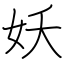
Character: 妖